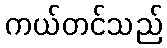
ကယ်တင်သည်